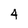
Character: 4